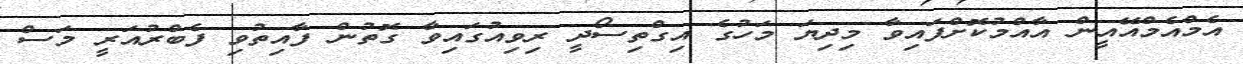
އެމްއެމްއޭއީން އާއްމުކޮށްފައިވާ މިދިޔަ މަހުގެ އިގްތިސޯދީ ރިވިއުގައިވާ ގޮތުން ފާއިތުވި ފެބްރުއަރީ މަސް